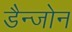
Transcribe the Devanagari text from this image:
डैन्जोन